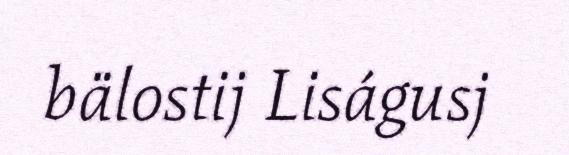
bälostij Liságusj